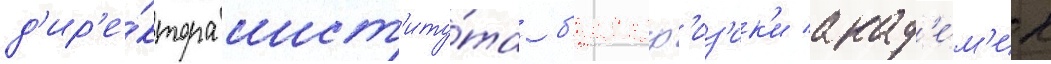
д'ир'е́ктора инст'иту́та б'иоф'из'ик'и акад'е́м'ик